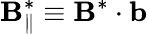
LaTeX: \mathbf{B}_{\| }^{*}\equiv\mathbf{{\mathbf{B}}}^{*}\cdot\mathbf{{b}}